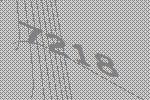
7218